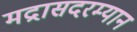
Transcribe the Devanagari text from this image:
मद्रासदरम्यान